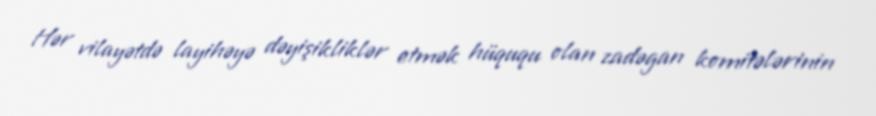
Hər vilayətdə layihəyə dəyişikliklər etmək hüququ olan zadəgan komitələrinin